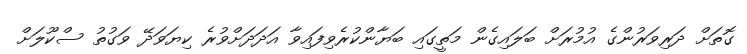
ގޮތަށް ދަރިވަރުންގެ އުމުރަށް ބަލައިގެން މަތީގައި ބަޔާންކުރެވިފައިވާ އަދަދަށްވުރެ ކިޔަވަދޭ ވަގުތު ސްކޫލަށް